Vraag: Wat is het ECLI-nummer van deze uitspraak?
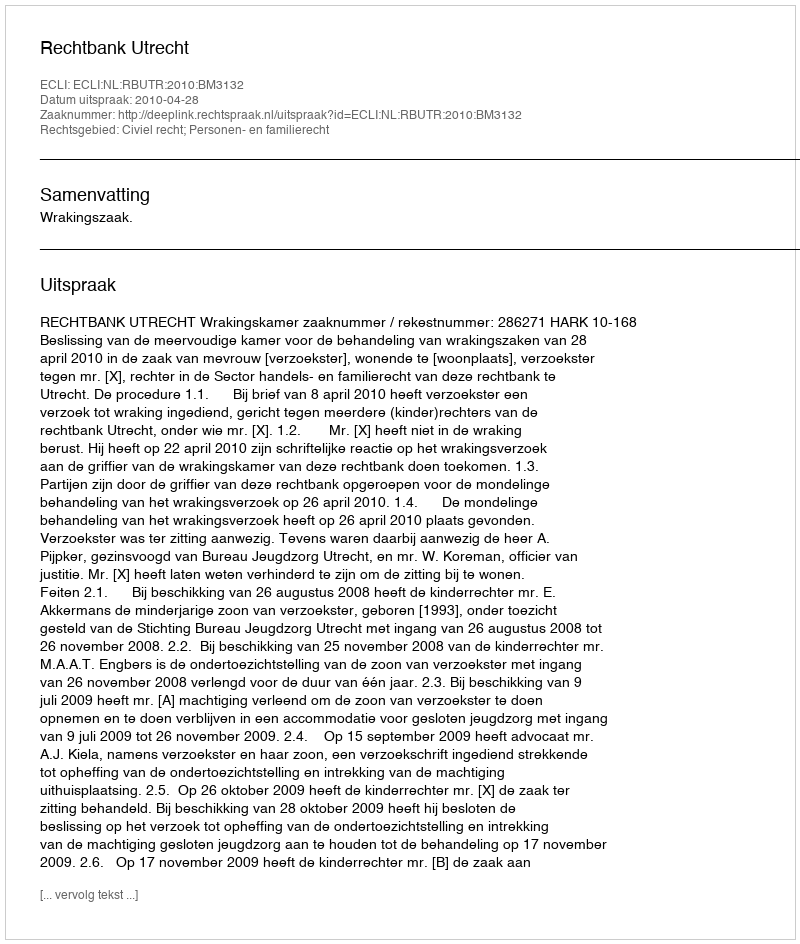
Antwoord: ECLI:NL:RBUTR:2010:BM3132